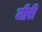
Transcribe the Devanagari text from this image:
जीरी